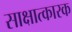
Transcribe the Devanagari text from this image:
साक्षात्कारक